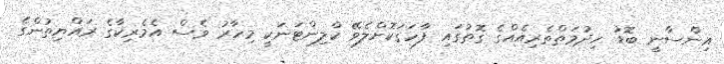
އިންސާނީ ބޮޑު ހިދުމަތްތެރިއެއްގެ ގޮތުގައި ފާހަގަކޮށްލެވޭ ކްލިންޓަނަކީ މިހާރު ވެސް އެމެރިކާގެ ރައްޔިތުންގެ